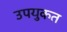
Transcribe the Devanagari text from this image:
उपयुकत